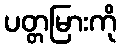
ပတ္တမြားကို